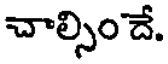
చాల్సిం దే.